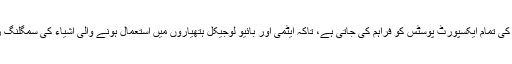
یہ فہرست ملک کی تمام ایکسپورٹ پوسٹس کو فراہم کی جاتی ہے، تاکہ ایٹمی اور بائیو لوجیکل ہتھیاروں میں استعمال ہونے والی اشیاء کی سمگلنگ روکی جا سکے۔